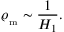
\varrho _ { _ \mathrm { m } } \sim \frac { 1 } { H _ { 1 } } .